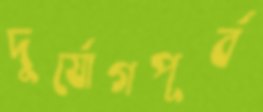
দুর্যোগপূর্ব